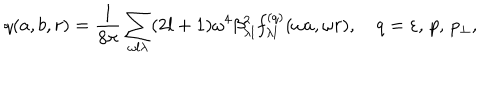
q ( a , b , r ) = \frac { 1 } { 8 \pi } \sum _ { \omega l \lambda } ( 2 l + 1 ) \omega ^ { 4 } \beta _ { \lambda l } ^ { 2 } f _ { \lambda l } ^ { ( q ) } ( \omega a , \omega r ) , \quad q = \varepsilon , \, p , \, p _ { \perp } ,